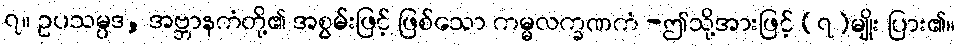
၇။ ဥပသမ္ပဒ, အဗ္ဘာနကံတို့၏ အစွမ်းဖြင့် ဖြစ်သော ကမ္မလက္ခဏကံ -ဤသို့အားဖြင့် (၇)မျိုး ပြား၏။